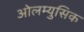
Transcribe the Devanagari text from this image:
ओलम्युसिक